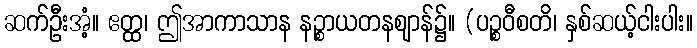
ဆက်ဦးအံ့။ ဧတ္ထ၊ ဤအာကာသာန နဉ္စာယတနဈာန်၌။ (ပဉ္စဝီစတိ၊ နှစ်ဆယ့်ငါးပါး။